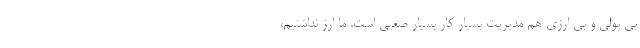
بی پولی و بی ارزی هم مدیریت بسیار کار بسیار صعبی است. ما ارز نداشتیم،